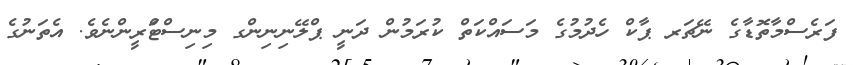
ފަރެސްމާތޮޑާގެ ނޭޗަރ ޕާކް ހެދުމުގެ މަސައްކަތް ކުރަމުން ދަނީ ޕްލޭނިނިންގ މިނިސްޓަްރީންނެވެ. އެތަނުގެ